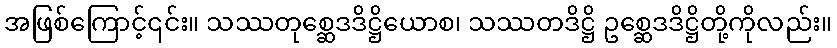
အဖြစ်ကြောင့်၎င်း။ သဿတုစ္ဆေဒဒိဋ္ဌိယောစ၊ သဿတဒိဋ္ဌိ ဥစ္ဆေဒဒိဋ္ဌိတို့ကိုလည်း။